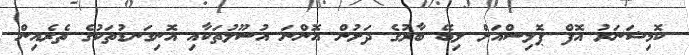
ކޮމިޝަނަރު އޮފް ޕޮލިސްއަށް ލިބޭ ބާރުގެ ދަށުން އޮންނަ އުސޫލުތަކާއި އޮނިގަނޑުތަކުގެ ތެރެއިން